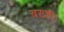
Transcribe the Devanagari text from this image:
बख़्शी।